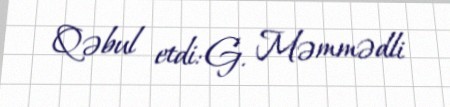
Qəbul etdi: G. Məmmədli